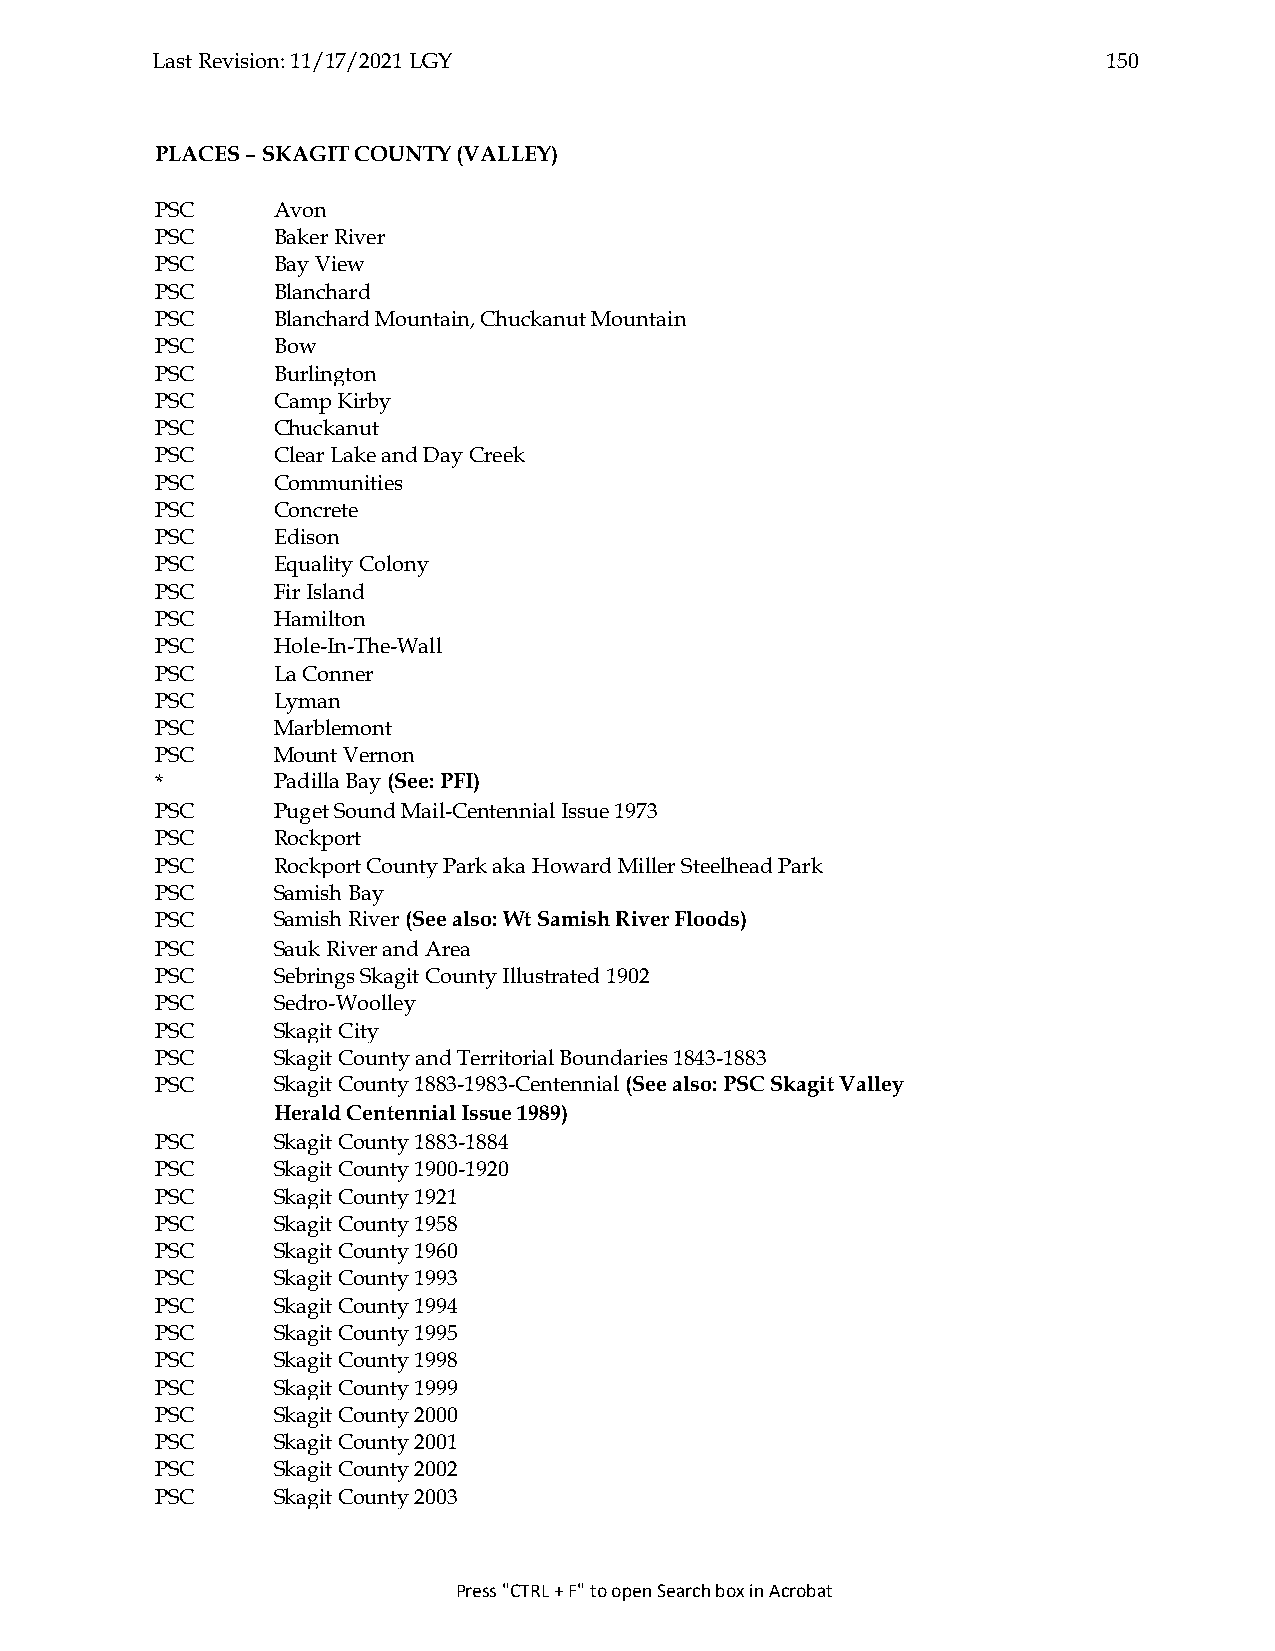
Last Revision: 11/17/2021 LGY                                  150
 PLACES – SKAGIT COUNTY (VALLEY)
 PSC     Avon
 PSC     Baker River
 PSC     Bay View
 PSC     Blanchard
 PSC     Blanchard Mountain, Chuckanut Mountain
 PSC     Bow
 PSC     Burlington
 PSC     Camp Kirby
 PSC     Chuckanut
 PSC     Clear Lake and Day Creek
 PSC     Communities
 PSC     Concrete
 PSC     Edison
 PSC     Equality Colony
 PSC     Fir Island
 PSC     Hamilton
 PSC     Hole-In-The-Wall
 PSC     La Conner
 PSC     Lyman
 PSC     Marblemont
 PSC     Mount Vernon
 *       Padilla Bay (See: PFI)
 PSC     Puget Sound Mail-Centennial Issue 1973
 PSC     Rockport
 PSC     Rockport County Park aka Howard Miller Steelhead Park
 PSC     Samish Bay
 PSC     Samish River (See also: Wt Samish River Floods)
 PSC     Sauk River and Area
 PSC     Sebrings Skagit County Illustrated 1902
 PSC     Sedro-Woolley
 PSC     Skagit City
 PSC     Skagit County and Territorial Boundaries 1843-1883
 PSC     Skagit County 1883-1983-Centennial (See also: PSC Skagit Valley
 Herald Centennial Issue 1989)
 PSC     Skagit County 1883-1884
 PSC     Skagit County 1900-1920
 PSC     Skagit County 1921
 PSC     Skagit County 1958
 PSC     Skagit County 1960
 PSC     Skagit County 1993
 PSC     Skagit County 1994
 PSC     Skagit County 1995
 PSC     Skagit County 1998
 PSC     Skagit County 1999
 PSC     Skagit County 2000
 PSC     Skagit County 2001
 PSC     Skagit County 2002
 PSC     Skagit County 2003
 Press "CTRL + F" to open Search box in Acrobat